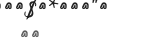
٢٦